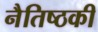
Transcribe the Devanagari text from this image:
नैतिष्ठकी